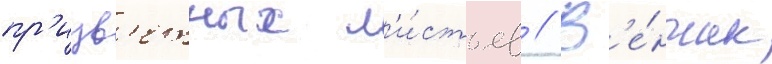
пр'ицв'етных л'и́стьев // В'е́нчик